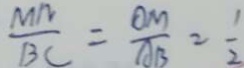
\frac { M N } { B C } = \frac { O M } { A B } = \frac { 1 } { 2 }